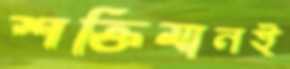
শক্তিমানই